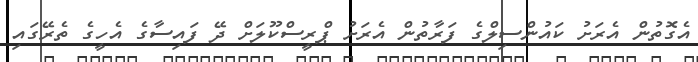
އެގޮތުން އެރަށު ކައުންސިލްގެ ފަރާތުން އެރަށު ޕްރީސްކޫލަށް ދޭ ފައިސާގެ އެހީގެ ތެރޭގައި